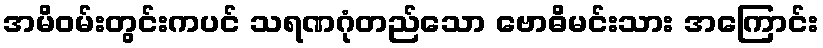
အမိဝမ်းတွင်းကပင် သရဏဂုံတည်သော ဗောဓိမင်းသား အကြောင်း